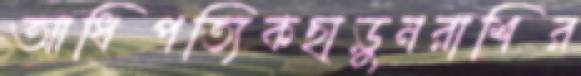
আধিপত্যিকছাড়ুনরাশির